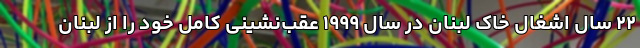
۲۲ سال اشغال خاک لبنان در سال ۱۹۹۹ عقب‌نشینی کامل خود را از لبنان